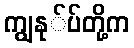
ကျွနု်ပ်တို့က